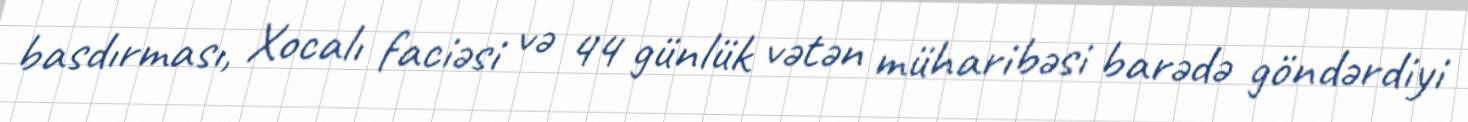
basdırması, Xocalı faciəsi və 44 günlük vətən müharibəsi barədə göndərdiyi